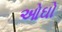
ઓઘો